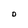
Character: D